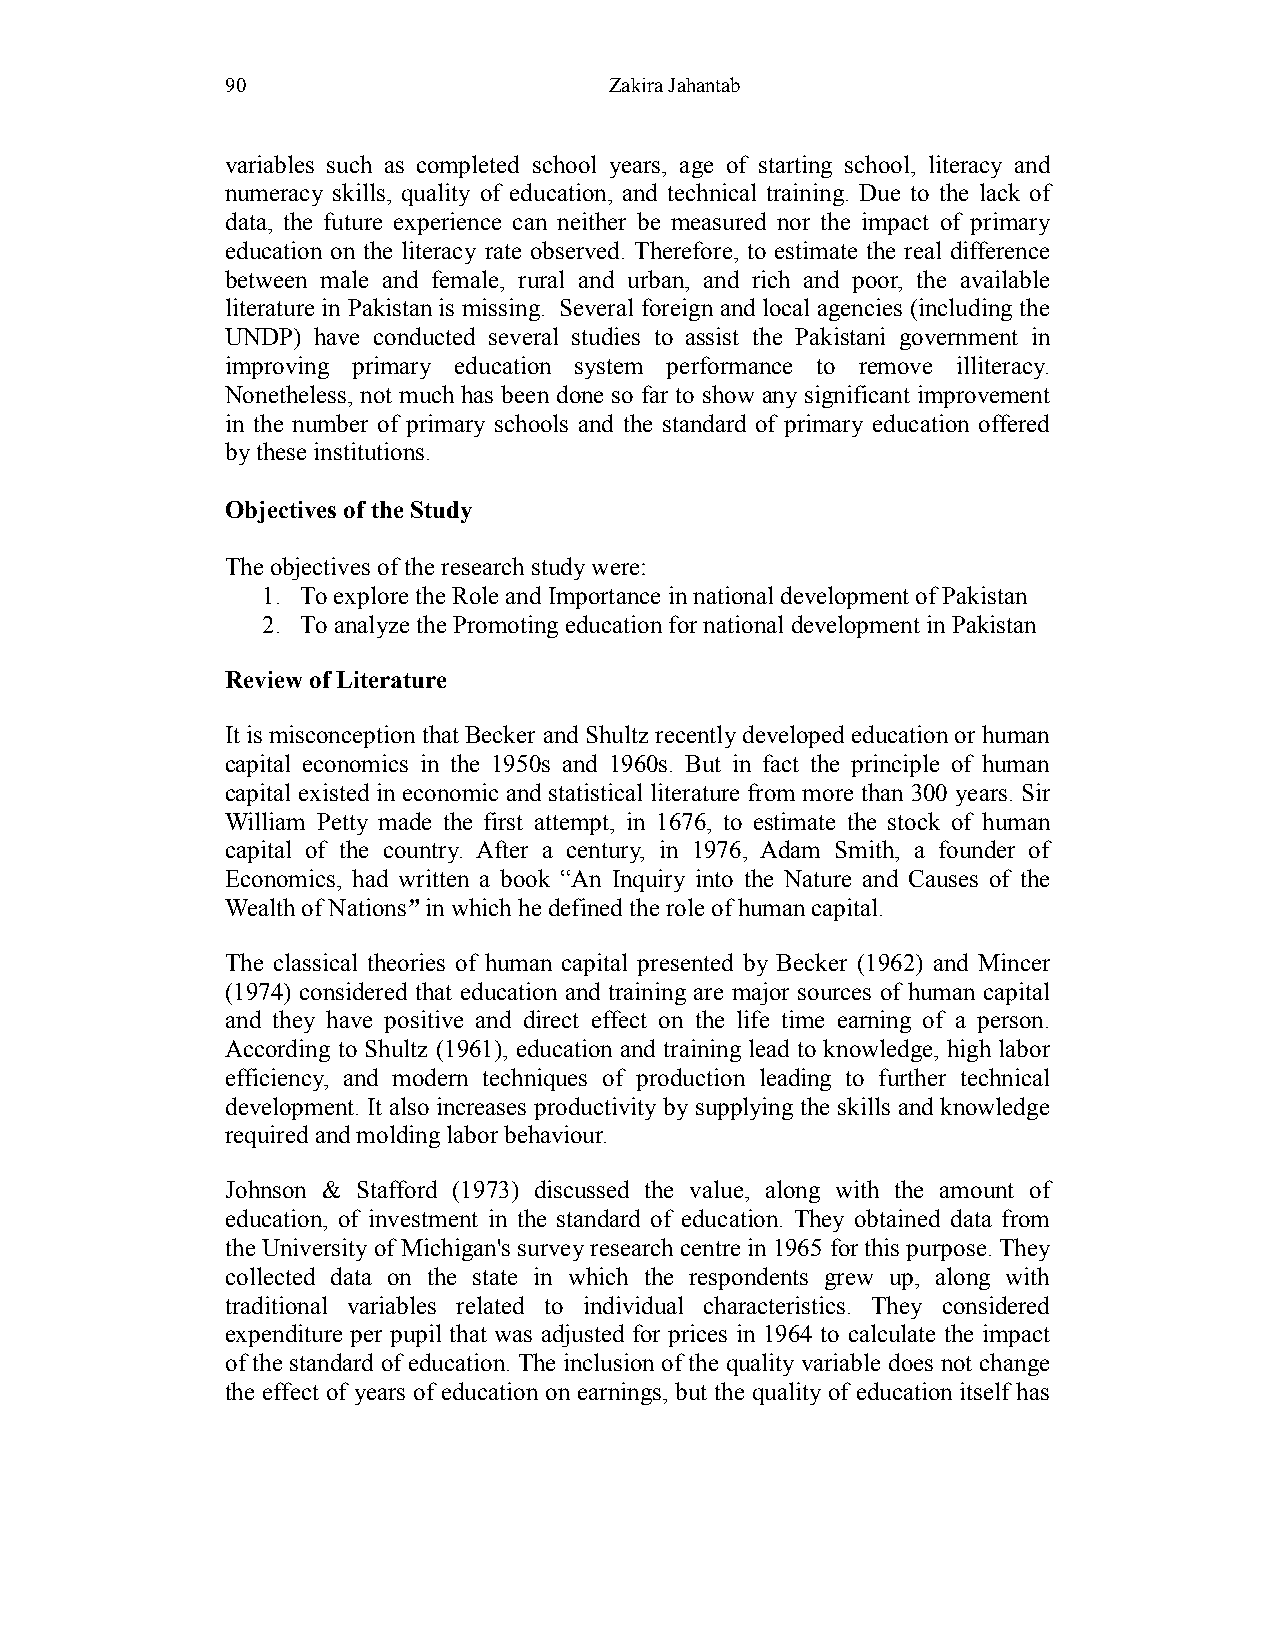
90                       Zakira Jahantab
 variables such as completed school years, age of starting school, literacy and
 numeracy skills, quality of education, and technical training. Due to the lack of
 data, the future experience can neither be measured nor the impact of primary
 education on the literacy rate observed. Therefore, to estimate the real difference
 between male and female, rural and urban, and rich and poor, the available
 literature in Pakistan is missing. Several foreign and local agencies (including the
 UNDP) have conducted several studies to assist the Pakistani government in
 improving primary education system performance to remove illiteracy.
 Nonetheless, not much has been done so far to show any significant improvement
 in the number of primary schools and the standard of primary education offered
 by these institutions.
 Objectives of the Study
 The objectives of the research study were:
 1. To explore the Role and Importance in national development of Pakistan
 2. To analyze the Promoting education for national development in Pakistan
 Review of Literature
 It is misconception that Becker and Shultz recently developed education or human
 capital economics in the 1950s and 1960s. But in fact the principle of human
 capital existed in economic and statistical literature from more than 300 years. Sir
 William Petty made the first attempt, in 1676, to estimate the stock of human
 capital of the country. After a century, in 1976, Adam Smith, a founder of
 Economics, had written a book “An Inquiry into the Nature and Causes of the
 Wealth of Nations” in which he defined the role of human capital.
 The classical theories of human capital presented by Becker (1962) and Mincer
 (1974) considered that education and training are major sources of human capital
 and they have positive and direct effect on the life time earning of a person.
 According to Shultz (1961), education and training lead to knowledge, high labor
 efficiency, and modern techniques of production leading to further technical
 development. It also increases productivity by supplying the skills and knowledge
 required and molding labor behaviour.
 Johnson & Stafford (1973) discussed the value, along with the amount of
 education, of investment in the standard of education. They obtained data from
 the University of Michigan's survey research centre in 1965 for this purpose. They
 collected data on the state in which the respondents grew up, along with
 traditional variables related to individual characteristics. They considered
 expenditure per pupil that was adjusted for prices in 1964 to calculate the impact
 of the standard of education. The inclusion of the quality variable does not change
 the effect of years of education on earnings, but the quality of education itself has